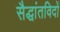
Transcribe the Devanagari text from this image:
सैद्धांतविदों